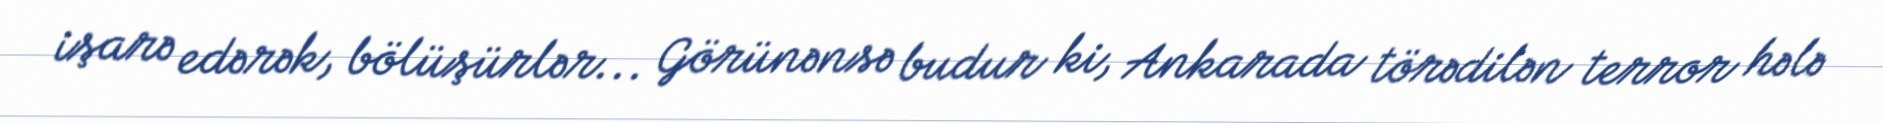
işarə edərək, bölüşürlər... Görünənsə budur ki, Ankarada törədilən terror hələ